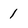
Character: 1